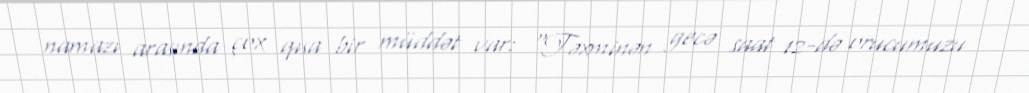
namazı arasında çox qısa bir müddət var: “Təxminən gecə saat 12-də orucumuzu